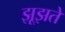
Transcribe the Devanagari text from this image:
झूझते